Vaccine operations Central Provinces 1900-1911 - 1900-1911
Year: 1900
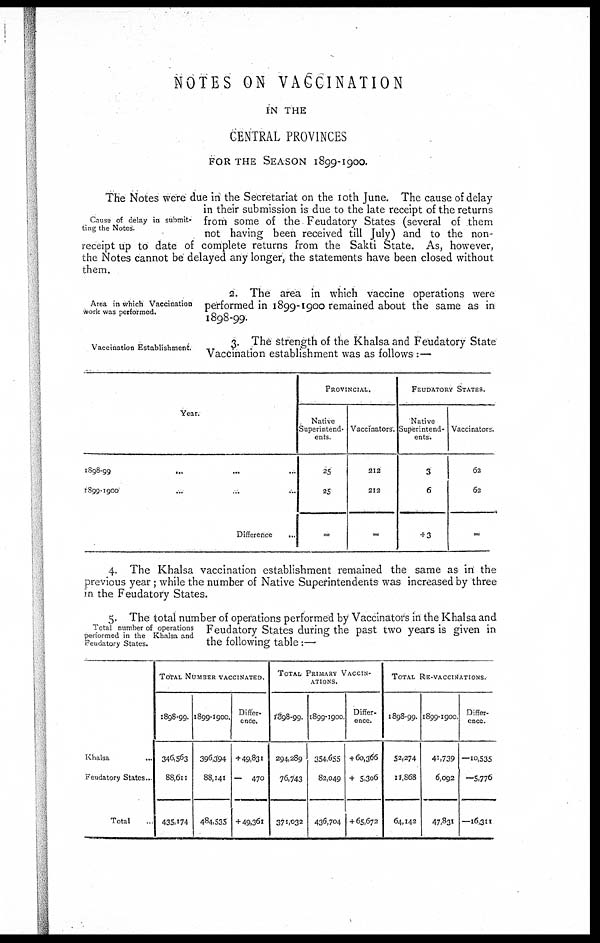
NOTES ON VACCINATION
IN THE
CENTRAL PROVINCES
FOR THE SEASON 1899-1900.
Cause of delay in submit-
ting the Notes.
The Notes were due in the Secretariat on the 10th June. The cause of delay
in their submission is due to the late receipt of the returns
from some of the Feudatory States (several of them
not having been received till July) and to the non-
receipt up to date of complete returns from the Sakti State. As, however,
the Notes cannot be delayed any longer, the statements have been closed without
them.
Area in which Vaccination
work was performed.
2. The area in which vaccine operations were
performed in 1899-1900 remained about the same as in
1898-99.
Vaccination Establishment.
3. The strength of the Khalsa and Feudatory State
Vaccination establishment was as follows :—
Year.
1898-99
...
...
...
1899-1900
Difference
...
PROVINCIAL.
Native
Superintend.
ents.
25
25
=
Vaccinators.
212
212
=
FEUDATORY STATES.
Native
Superintend-
ents.
3
6
+ 3
Vaccinators.
62
62
=
4. The Khalsa vaccination establishment remained the same as in the
previous year; while the number of Native Superintendents was increased by three
in the Feudatory States.
Total number of operations
performed in the Khalsa and
Feudatory States.
5. The total number of operations performed by Vaccinators in the Khalsa and
Feudatory States during the past two years is given in
the following table:—
Khalsa...
Feudatory States..
Total..
TOTAL NUMBER VACCINATED.
1898-99.
346,563
88,611
435,174
1899-1900.
396,394
88,141
484,535
Differ-
ence.
+49,831
— 470
+ 49,361
TOTAL PRIMARY VACCIN-
------.
1898-99.
294,289
76,743
371,032
1899-1900
354,655
82,049
436,704
Differ-
ence.
+ 60,366
+ 5,306
+ 65,672
TOTAL RE-VACCINATIONS.
1898-99.
52,274
17,868
64,142
1899-1900.
41,739
6,092
47,831
Differ-
ence.
—10,535
—5,776
—16,311